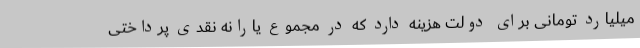
میلیارد تومانی برای دولت هزینه دارد که در مجموع یارانه نقدی پرداختی